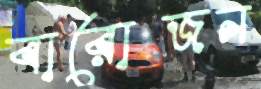
বারোজন